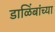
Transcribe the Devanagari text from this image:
डाळिंबांच्या